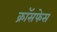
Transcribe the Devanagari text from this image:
क्रॉसफेस